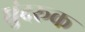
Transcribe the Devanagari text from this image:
धुंदरूक